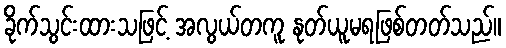
ခိုက်သွင်းထားသဖြင့် အလွယ်တကူ နုတ်ယူမရဖြစ်တတ်သည်။